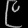
Digit: ၉